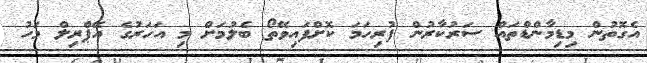
އެގޮތުން މިޑިމާންޑްތައް ސަރުކާރުން ފުރިހަމަ ކޮށްފައިވޭތޯ ބެލުމަށް މި އަހަރުގެ އޭޕްރިލް މަހު